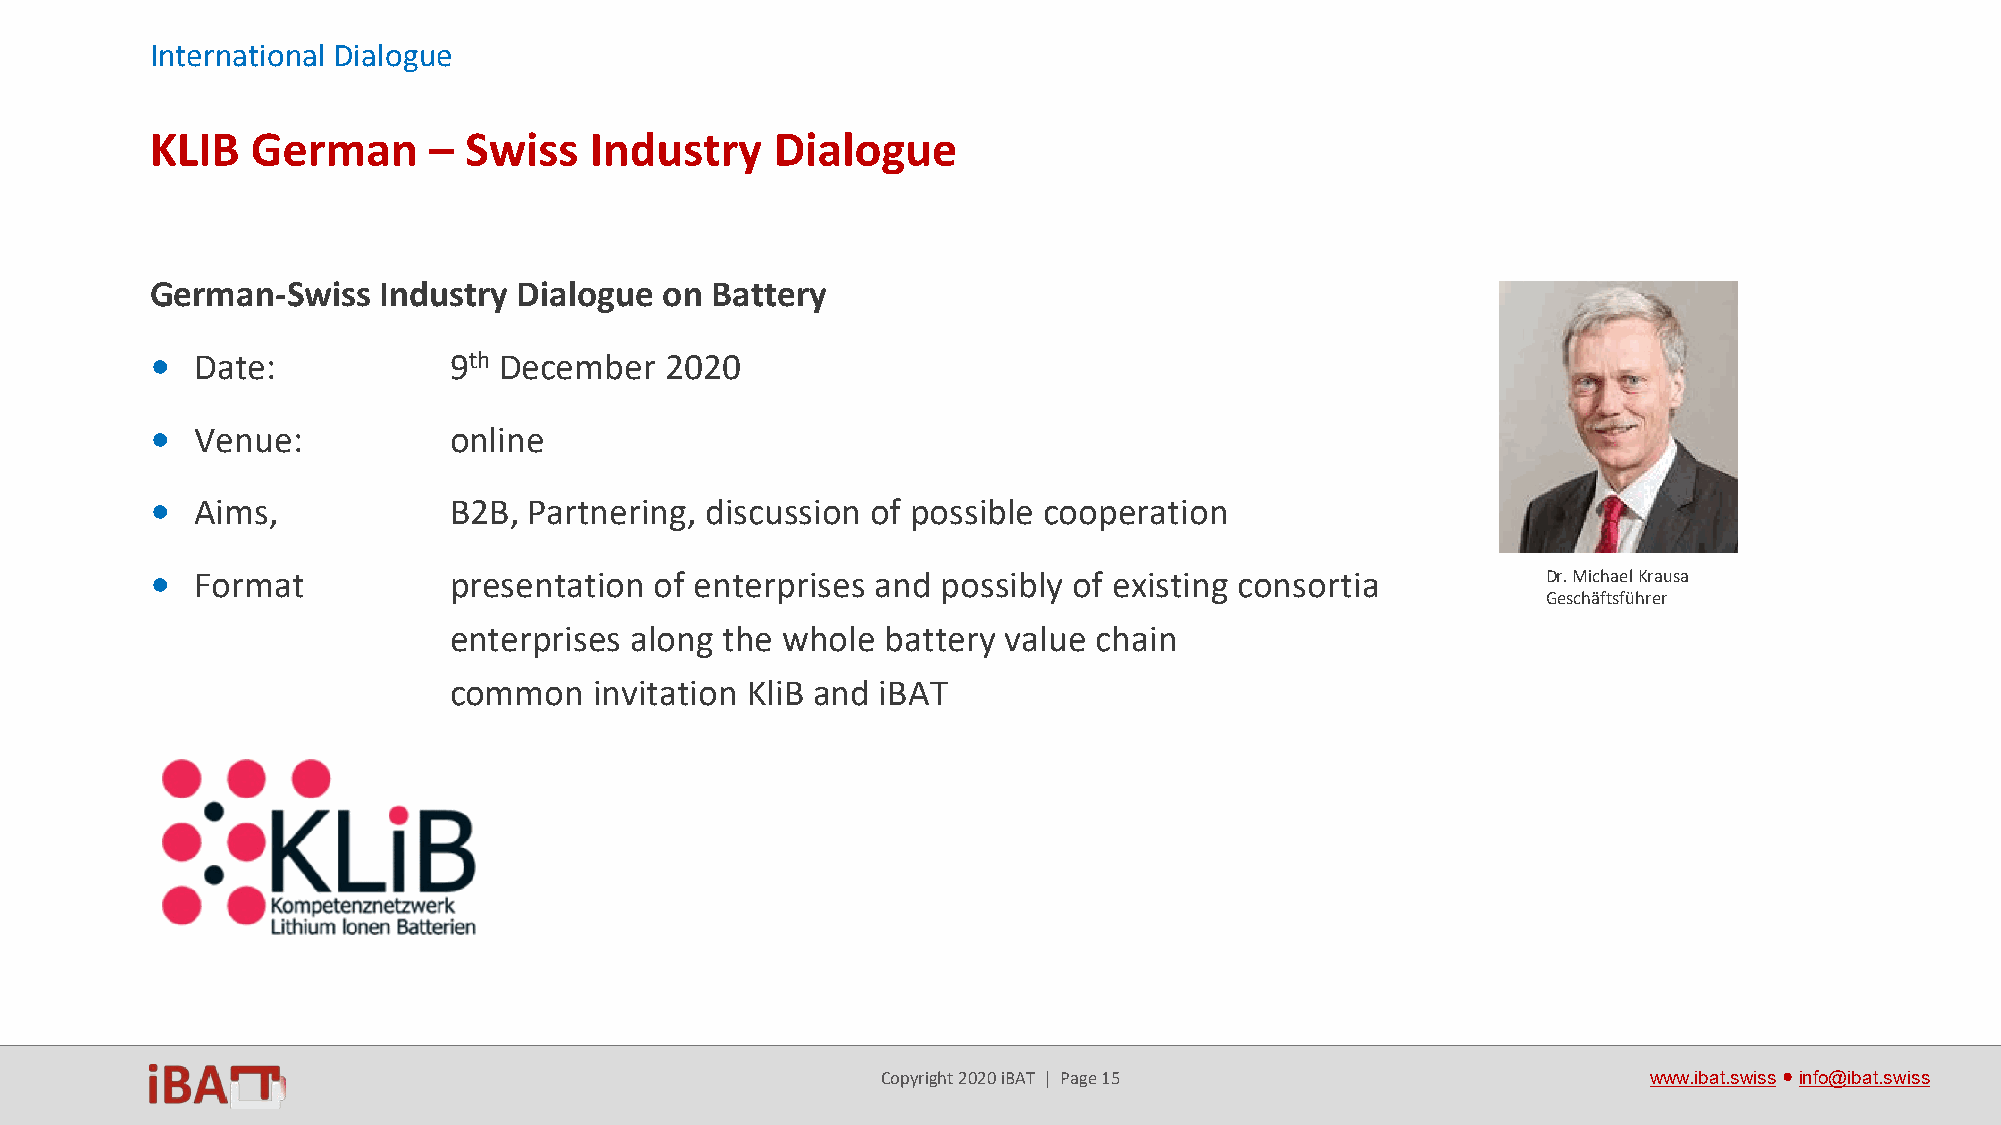
International Dialogue
 KLIB   German     –  Swiss   Industry    Dialogue
 German-Swiss   Industry Dialogue  on Battery
 •  Date:            9th December  2020
 •  Venue:           online
 •  Aims,            B2B, Partnering, discussion of possible cooperation
 •  Format           presentation of enterprises and possibly of existing consortia          Dr. Michael Krausa
 Geschäftsführer
 enterprises along the whole  battery value chain
 common   invitation KliB and iBAT
 Copyright 2020 iBAT | Page 15                      www.ibat.swiss●info@ibat.swiss